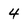
Character: 4